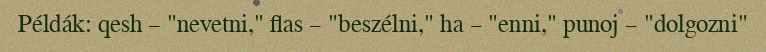
Példák: qesh – "nevetni," flas – "beszélni," ha – "enni," punoj – "dolgozni"